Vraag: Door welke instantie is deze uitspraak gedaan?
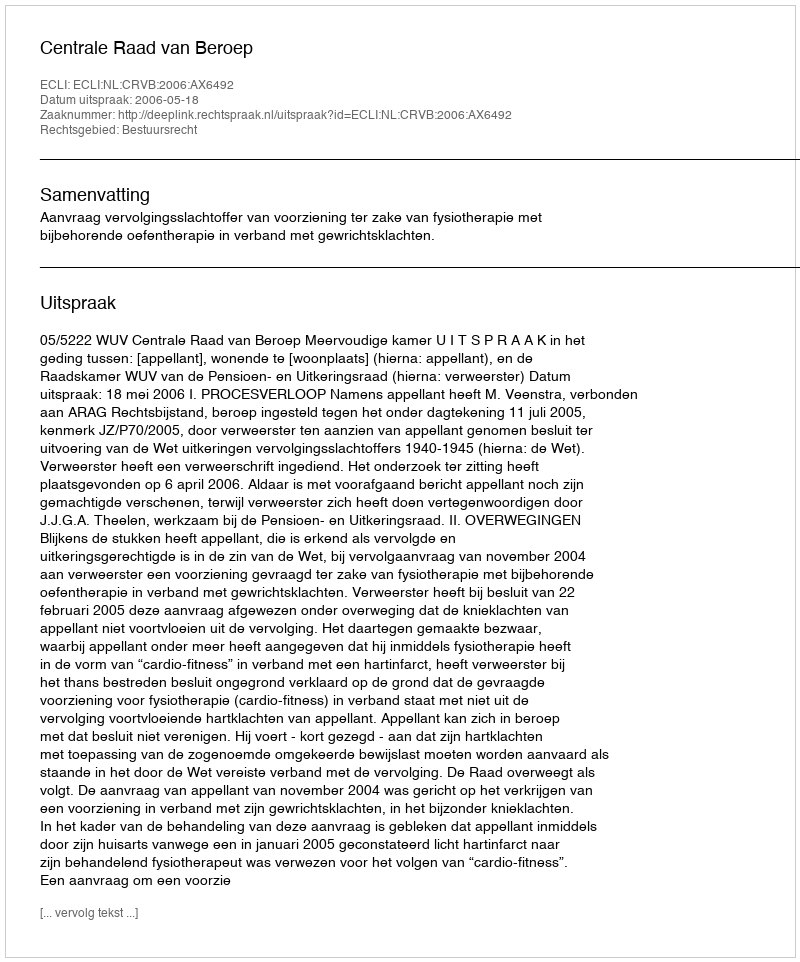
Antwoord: Centrale Raad van Beroep